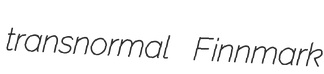
transnormal Finnmark